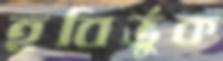
হবির্ভুক